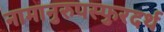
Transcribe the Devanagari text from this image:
नामानुरुपस्फुरदर्थ